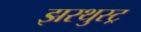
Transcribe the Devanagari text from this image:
झरथुस्ट्र